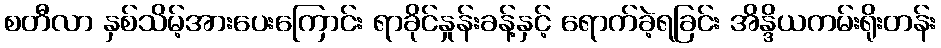
စတီလာ နှစ်သိမ့်အားပေးကြောင်း ရာခိုင်နှုန်းခန့်နှင့် ရောက်ခဲ့ရခြင်း အိန္ဒိယကမ်းရိုးတန်း